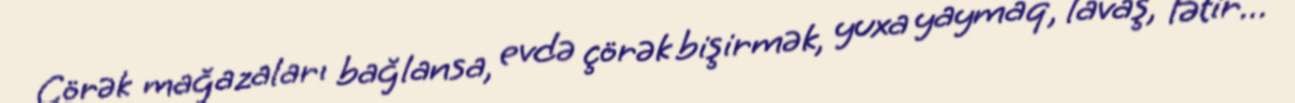
Çörək mağazaları bağlansa, evdə çörək bişirmək, yuxa yaymaq, lavaş, fətir...